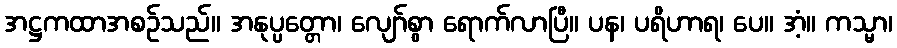
အဋ္ဌကထာအစဉ်သည်။ အနုပ္ပတ္တော၊ လျော်စွာ ရောက်လာပြီ။ ပန၊ ပရိဟာရ၊ ပေ။ အံ့။ ကသ္မာ၊